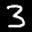
Label: 3